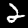
Digit: 2